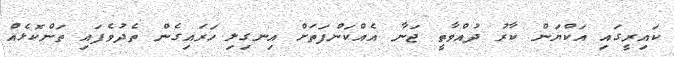
ކައިރީގައި އަކްޔަން ކާރު ދުއްވާތީ ޖަނާ އެއްކަންފަތަށް އިނގިލި ހަރައިގެން ތެދުވެފައި ތަންކޮޅެއް